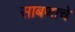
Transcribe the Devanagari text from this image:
साबणाचे